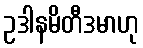
ဥဒါနမိတီဒမာဟု